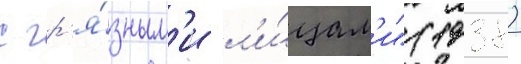
с гр'я́зным'и л'и́цам'и" (1938)